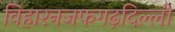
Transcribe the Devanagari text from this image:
विहारनजफगढ़दिल्ली